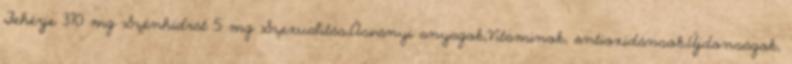
Fehérje 370 mg Szénhidrát 5 mg Szexualitás,Ásványi anyagok,Vitaminok, antioxidánsok,Újdonságok,